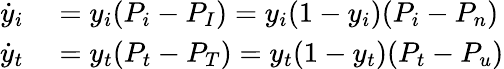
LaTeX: \begin{array}{rl}{\dot{y}_{i}}&{{}=y_{i}(P_{i}-P_{I})=y_{i}(1-y_{i})(P_{i}-P_{n})}\\ {\dot{y}_{t}}&{{}=y_{t}(P_{t}-P_{T})=y_{t}(1-y_{t})(P_{t}-P_{u})}\end{array}